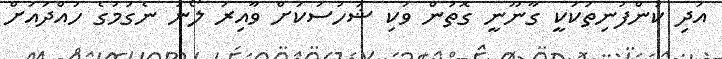
އަދި ކުންފުނިތަކަކީ ގާނޫނީ ގޮތުން ވަކި ޝަހުސަކަށް ވާއިރު ލޯނު ނެގުމުގެ ހުއްދައަށް